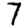
Digit: 7